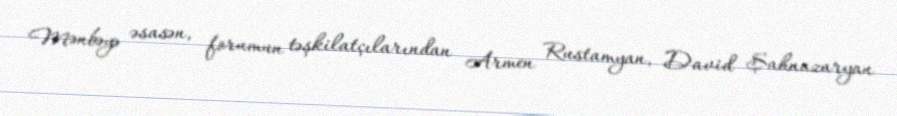
Mənbəyə əsasən, forumun təşkilatçılarından Armen Rustamyan, David Şahnazaryan